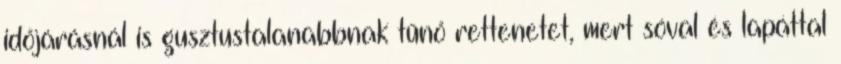
időjárásnál is gusztustalanabbnak tűnő rettenetet, mert sóval és lapáttal